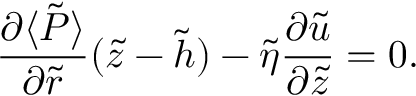
\frac { \partial \langle \tilde { P } \rangle } { \partial \tilde { r } } ( \tilde { z } - \tilde { h } ) - \tilde { \eta } \frac { \partial \tilde { u } } { \partial \tilde { z } } = 0 .